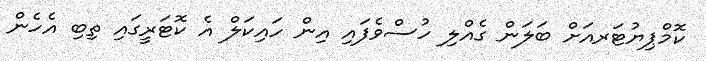
ކޮމްޕިޔުޓަރއަށް ބަލަން ގެއްލި ހުސްވެފައި އިން ހައިކަލް އެ ކޮޓަރީގައި ތިބި އެހެން